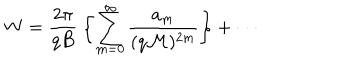
W = \frac { 2 \pi } { q B } \: \biggl \{ \sum _ { m = 0 } ^ { \infty } \frac { a _ { m } } { ( q { \cal M } ) ^ { 2 m } } \biggr \} + \cdots